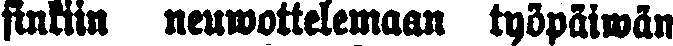
sinkiin neuwottelemaan työpäiwän